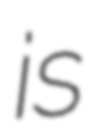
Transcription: is